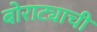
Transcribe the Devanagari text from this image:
बोराट्याची